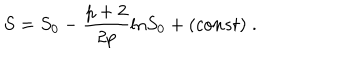
S = S _ { 0 } - \frac { p + 2 } { 2 p } \mathrm { l n } S _ { 0 } + ( c o n s t ) \; .